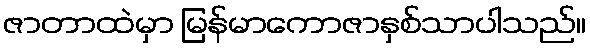
ဇာတာထဲမှာ မြန်မာကောဇာနှစ်သာပါသည်။